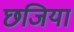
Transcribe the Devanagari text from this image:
छजिया